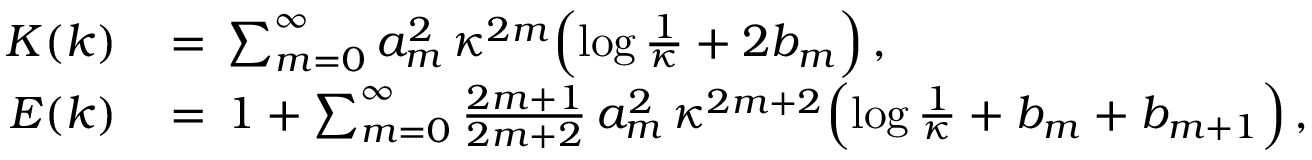
\begin{array} { r l } { K ( k ) \, } & { = \, \sum _ { m = 0 } ^ { \infty } a _ { m } ^ { 2 } \, \kappa ^ { 2 m } \Bigl ( \log \frac { 1 } { \kappa } + 2 b _ { m } \Bigr ) \, , } \\ { E ( k ) \, } & { = \, 1 + \sum _ { m = 0 } ^ { \infty } \frac { 2 m + 1 } { 2 m + 2 } \, a _ { m } ^ { 2 } \, \kappa ^ { 2 m + 2 } \Bigl ( \log \frac { 1 } { \kappa } + b _ { m } + b _ { m + 1 } \Bigr ) \, , } \end{array}